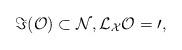
LaTeX: \begin{align*} \Im(\cal O)\subset \cal N, \cal L_X\cal O=0, \end{align*}